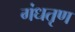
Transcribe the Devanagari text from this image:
गंधतृण